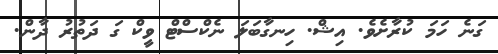
ގަނެ ހަމަ ކުރާށެވެ. އިޝް. ހިނގާބަލަ ނެކްސްޓް ވީކް ގަ ދަތުރު ދާން.